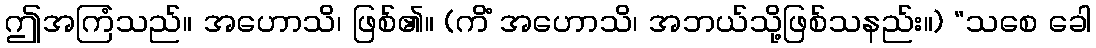
ဤအကြံသည်။ အဟောသိ၊ ဖြစ်၏။ (ကိံ အဟောသိ၊ အဘယ်သို့ဖြစ်သနည်း။) “သစေ ခေါ